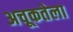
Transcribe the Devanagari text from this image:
अचूकतेला